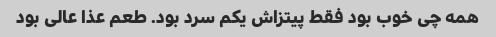
همه چی خوب بود فقط پیتزاش یکم سرد بود. طعم عذا عالی بود